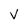
Character: v